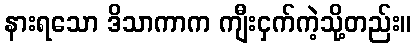
နားရသော ဒိသာကာက ကျီးငှက်ကဲ့သို့တည်း။